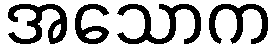
အသောက